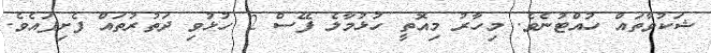
ޝަކުވާތައް ހުއްޓުނެވެ. މިހާރު މިއޮތީ ހުޅުމާލެ ފޭސް 2 ހުޅުވި ދަތުރުތައް ފެށިފައެވެ.